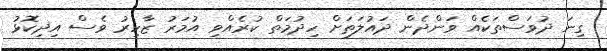
ގިނަ ދުވަސްތަކެއް ވަންދެން ދައުލަތަށް ހިދުމަތް ކުރެއްވި އުމަރު ޒާހިރު ވެސް އިދިކޮޅު